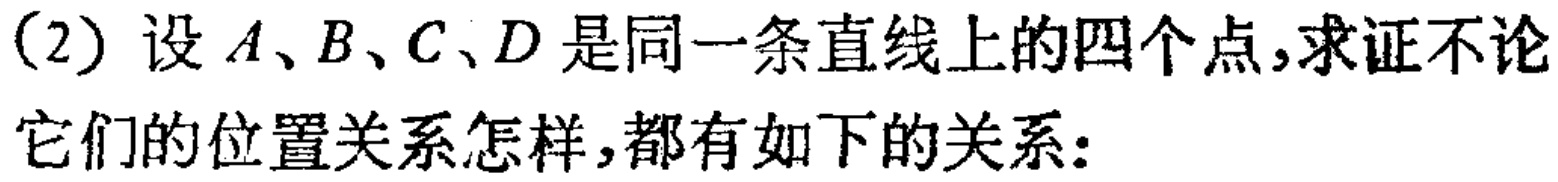
(2) 设 \(A、B、C、D\) 是同一条直线上的四个点,求证不论它们的位置关系怎样,都有如下的关系: